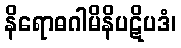
နိရောဓဂါမိနိပဋိပဒံ၊